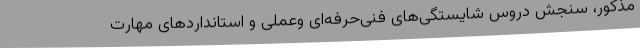
مذکور، سنجش دروس شایستگی‌های فنی‌حرفه‌ای وعملی و استانداردهای مهارت